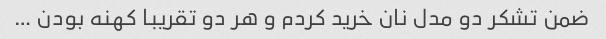
ضمن تشکر دو مدل نان خرید کردم و هر دو تقریبا کهنه بودن …